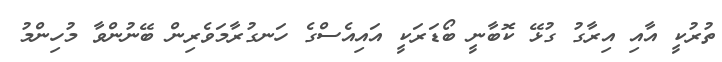
ތުރުކީ އާއި އިރާގު ގުޅޭ ކޮބާނީ ބޯޑަރަކީ އައިއެސްގެ ހަނގުރާމަވެރިން ބޭނުންވާ މުހިންމު